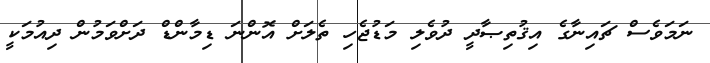
ނަމަވެސް ޗައިނާގެ އިޤުތިޞާދީ ދުވެލި މަޑުޖެހި ތެލަށް އޮންނަ ޑިމާންޑް ދަށްވަމުން ދިއުމަކީ